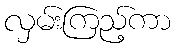
လှမ်းကြည့်ကာ